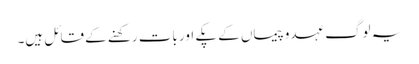
یہ لوگ عہدوپیماں کے پکے اور بات رکھنے کے قائل ہیں۔